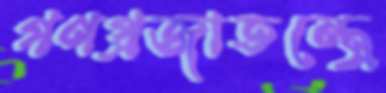
গণপ্রজাতন্ত্রে